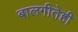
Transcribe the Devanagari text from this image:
बालगीतेही